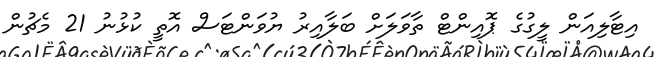
އިޓާލިއަން ލީގުގެ ޕޮއިންޓް ތާވަލަށް ބަލާއިރު ޔުވަންޓަސް އޮތީ ކުޅުނު 21 މެޗުން